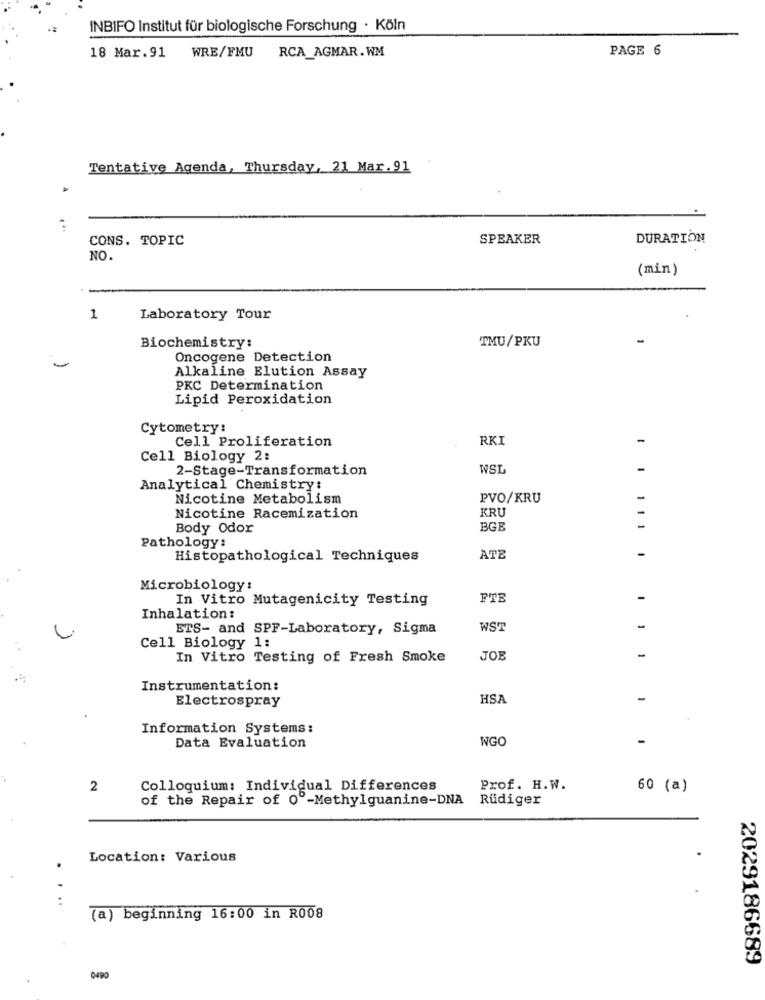
INBIFO Institut für biologische Forschung · Köln
WRE/FMU
RCA_AGMAR. WM
PAGE 6
18 Mar.91
Tentative Agenda, Thursday, 21 Mar. 91
CONS. TOPIC
SPEAKER
DURATION
NO.
(min)
1
Laboratory Tour
Biochemistry:
TMU/PKU
Oncogene Detection
Alkaline Elution Assay
PKC Determination
Lipid Peroxidation
Cytometry:
Cell Proliferation
RKI
-
Cell Biology 2:
2-Stage-Transformation
WSL
Analytical Chemistry:
Nicotine Metabolism
PVO/KRU
KRU
Nicotine Racemization
Body Odor
BGB
Pathology:
-
Histopathological Techniques
ATE
.. 111 .
Microbiology:
In Vitro Mutagenicity Testing
FTE
-
Inhalation:
ETS- and SPF-Laboratory, Sigma
WSP
-
Cell Biology 1:
-
In Vitro Testing of Fresh Smoke
JOE
Instrumentation:
Electrospray
HSA
-
Information Systems:
Data Evaluation
WGO
2
Colloquium: Individual Differences
Prof. H.W.
60 (a)
of the Repair of 0º-Methylguanine-DNA
Rüdiger
Location: Various
.
(a) beginning 16:00 in R008
2029186689